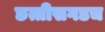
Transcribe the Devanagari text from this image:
छत्तीसगडच